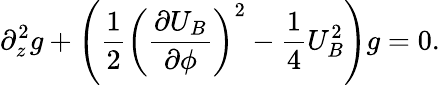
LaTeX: \partial_{z}^{2}g+\left(\frac{1}{2}\left(\frac{\partial U_{B}}{\partial\phi}\right)^{2}-\frac{1}{4}U_{B}^{2}\right)g=0.